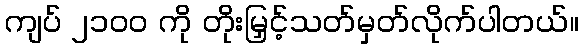
ကျပ် ၂၁၀၀ ကို တိုးမြှင့်သတ်မှတ်လိုက်ပါတယ်။